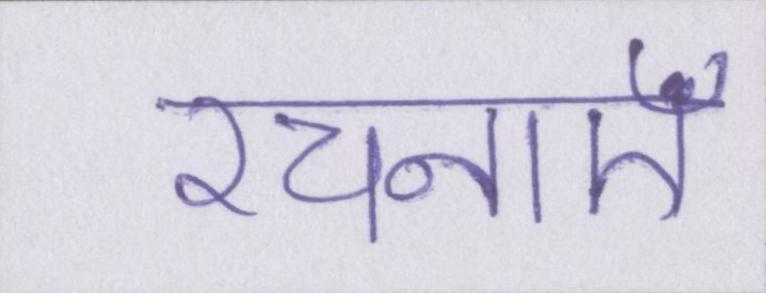
रचनाएँ